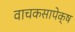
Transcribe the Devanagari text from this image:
वाचकसापेक्ष